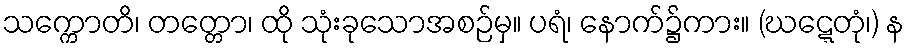
သက္ကောတိ၊ တတ္တော၊ ထို သုံးခုသောအစဉ်မှ။ ပရံ၊ နောက်၌ကား။ (ဃဋ္ဋေတုံ၊) န